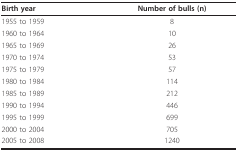
<table><thead><tr><td><b>Birth year</b></td><td><b>Number of bulls (n)</b></td></tr></thead><tbody><tr><td>1955 to 1959</td><td>8</td></tr><tr><td>1960 to 1964</td><td>10</td></tr><tr><td>1965 to 1969</td><td>26</td></tr><tr><td>1970 to 1974</td><td>53</td></tr><tr><td>1975 to 1979</td><td>57</td></tr><tr><td>1980 to 1984</td><td>114</td></tr><tr><td>1985 to 1989</td><td>212</td></tr><tr><td>1990 to 1994</td><td>446</td></tr><tr><td>1995 to 1999</td><td>699</td></tr><tr><td>2000 to 2004</td><td>705</td></tr><tr><td>2005 to 2008</td><td>1240</td></tr></tbody></table>